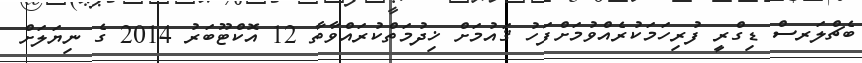
ބެޗްލަރސް ޑިގްރީ ފުރިހަމަކުރެއްވުމަށްފަހު ޤައުމަށް ޚިދުމަތްކުރައްވާތާ 12 އޮކްޓޫބަރު 2014 ގެ ނިޔަލަށް